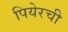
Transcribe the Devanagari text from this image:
पियेरची